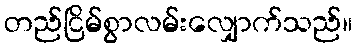
တည်ငြိမ်စွာလမ်းလျှောက်သည်။